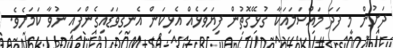
ދަށުން މި ފަދަ މައްސަލައަކާ ގުޅޭގޮތުން ފިޔަވަޅެއް އެޅިކަން އެނގިވަޑައިގެންފައި ނުވާ ކަމަށެވެ.